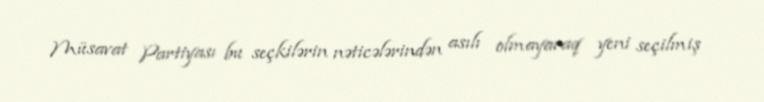
Müsavat Partiyası bu seçkilərin nəticələrindən asılı olmayaraq yeni seçilmiş